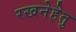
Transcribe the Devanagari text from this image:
रखनेहेतु